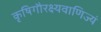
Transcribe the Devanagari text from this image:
कृषिगौरक्ष्यवाणिज्यं